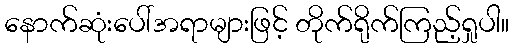
နောက်ဆုံးပေါ်အရာများဖြင့် တိုက်ရိုက်ကြည့်ရှုပါ။